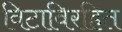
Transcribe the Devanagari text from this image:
विटाविरहित